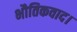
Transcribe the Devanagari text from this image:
भौतिकवाद।